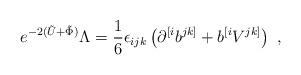
LaTeX: \begin{align*}e^{-2(\tilde{U}+\tilde{\Phi})} \Lambda = {1 \over 6}\epsilon_{ijk}\left(\partial^{[i}b^{jk]} + b^{[i}V^{jk]} \right)\ , \end{align*}